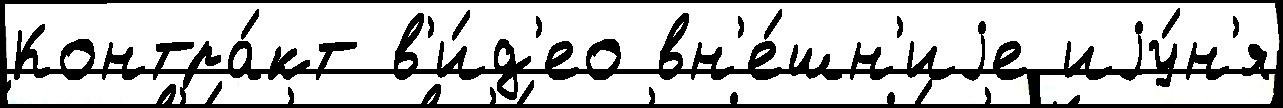
Контра́кт в'и́д'ео вн'е́шн'иjе иjу́н'я